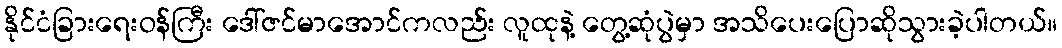
နိုင်ငံခြားရေးဝန်ကြီး ဒေါ်ဇင်မာအောင်ကလည်း လူထုနဲ့ တွေ့ဆုံပွဲမှာ အသိပေးပြောဆိုသွားခဲ့ပါတယ်။